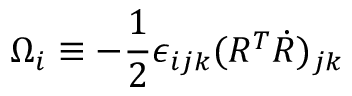
\Omega _ { i } \equiv - \frac 1 2 \epsilon _ { i j k } ( R ^ { T } \dot { R } ) _ { j k }